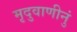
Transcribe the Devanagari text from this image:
मृदुवाणीनुं